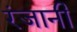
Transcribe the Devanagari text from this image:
रंजानी